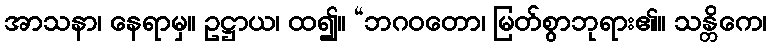
အာသနာ၊ နေရာမှ။ ဥဋ္ဌာယ၊ ထ၍။ “ဘဂဝတော၊ မြတ်စွာဘုရား၏။ သန္တိကေ၊